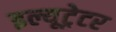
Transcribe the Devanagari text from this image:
इल्यूट्रेटर